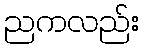
ညကလည်း